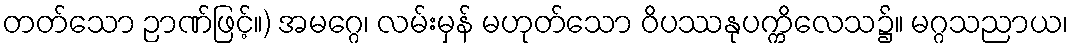
တတ်သော ဉာဏ်ဖြင့်။) အမဂ္ဂေ၊ လမ်းမှန် မဟုတ်သော ဝိပဿနုပက္ကိလေသ၌။ မဂ္ဂသညာယ၊